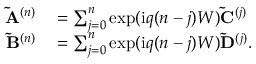
\begin{array} { r l } { \mathbf { \tilde { A } } ^ { ( n ) } } & { { } = \sum _ { j = 0 } ^ { n } \exp ( \mathrm { i } q ( n - j ) W ) \mathbf { \tilde { C } } ^ { ( j ) } } \\ { \mathbf { \tilde { B } } ^ { ( n ) } } & { { } = \sum _ { j = 0 } ^ { n } \exp ( \mathrm { i } q ( n - j ) W ) \mathbf { \tilde { D } } ^ { ( j ) } . } \end{array}